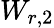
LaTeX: W_{r,2}